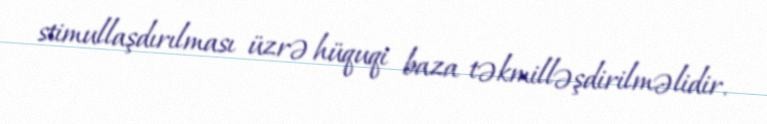
stimullaşdırılması üzrə hüquqi baza təkmilləşdirilməlidir.